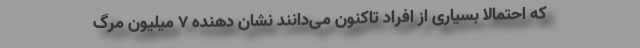
که احتمالاً بسیاری از افراد تاکنون می‌دانند نشان دهنده 7 میلیون مرگ